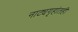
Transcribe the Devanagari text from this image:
नाट्यगृहांतही